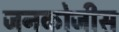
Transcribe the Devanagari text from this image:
जनकोजीस